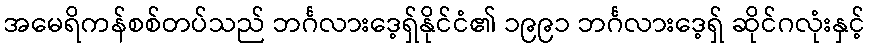
အမေရိကန်စစ်တပ်သည် ဘင်္ဂလားဒေ့ရှ်နိုင်ငံ၏ ၁၉၉၁ ဘင်္ဂလားဒေ့ရှ် ဆိုင်ဂလုံးနှင့်